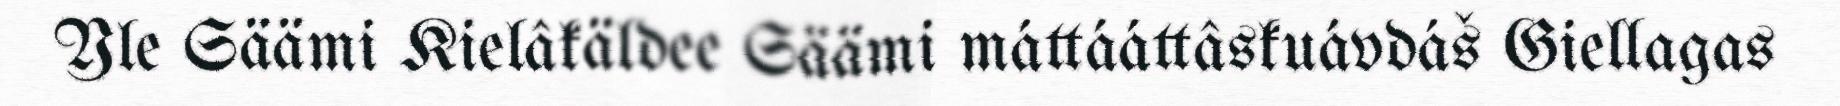
Yle Säämi Kielâkäldee Säämi máttááttâskuávdáš Giellagas